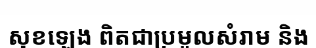
សុខឡេង ពិតជាប្រមូលសំរាម និង